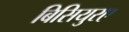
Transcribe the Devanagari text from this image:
बिसियुरए